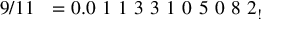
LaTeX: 9 / 1 1 \ \ = 0 . 0 \ 1 \ 1 \ 3 \ 3 \ 1 \ 0 \ 5 \ 0 \ 8 \ 2 _ { ! }